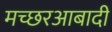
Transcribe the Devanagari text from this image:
मच्छरआबादी